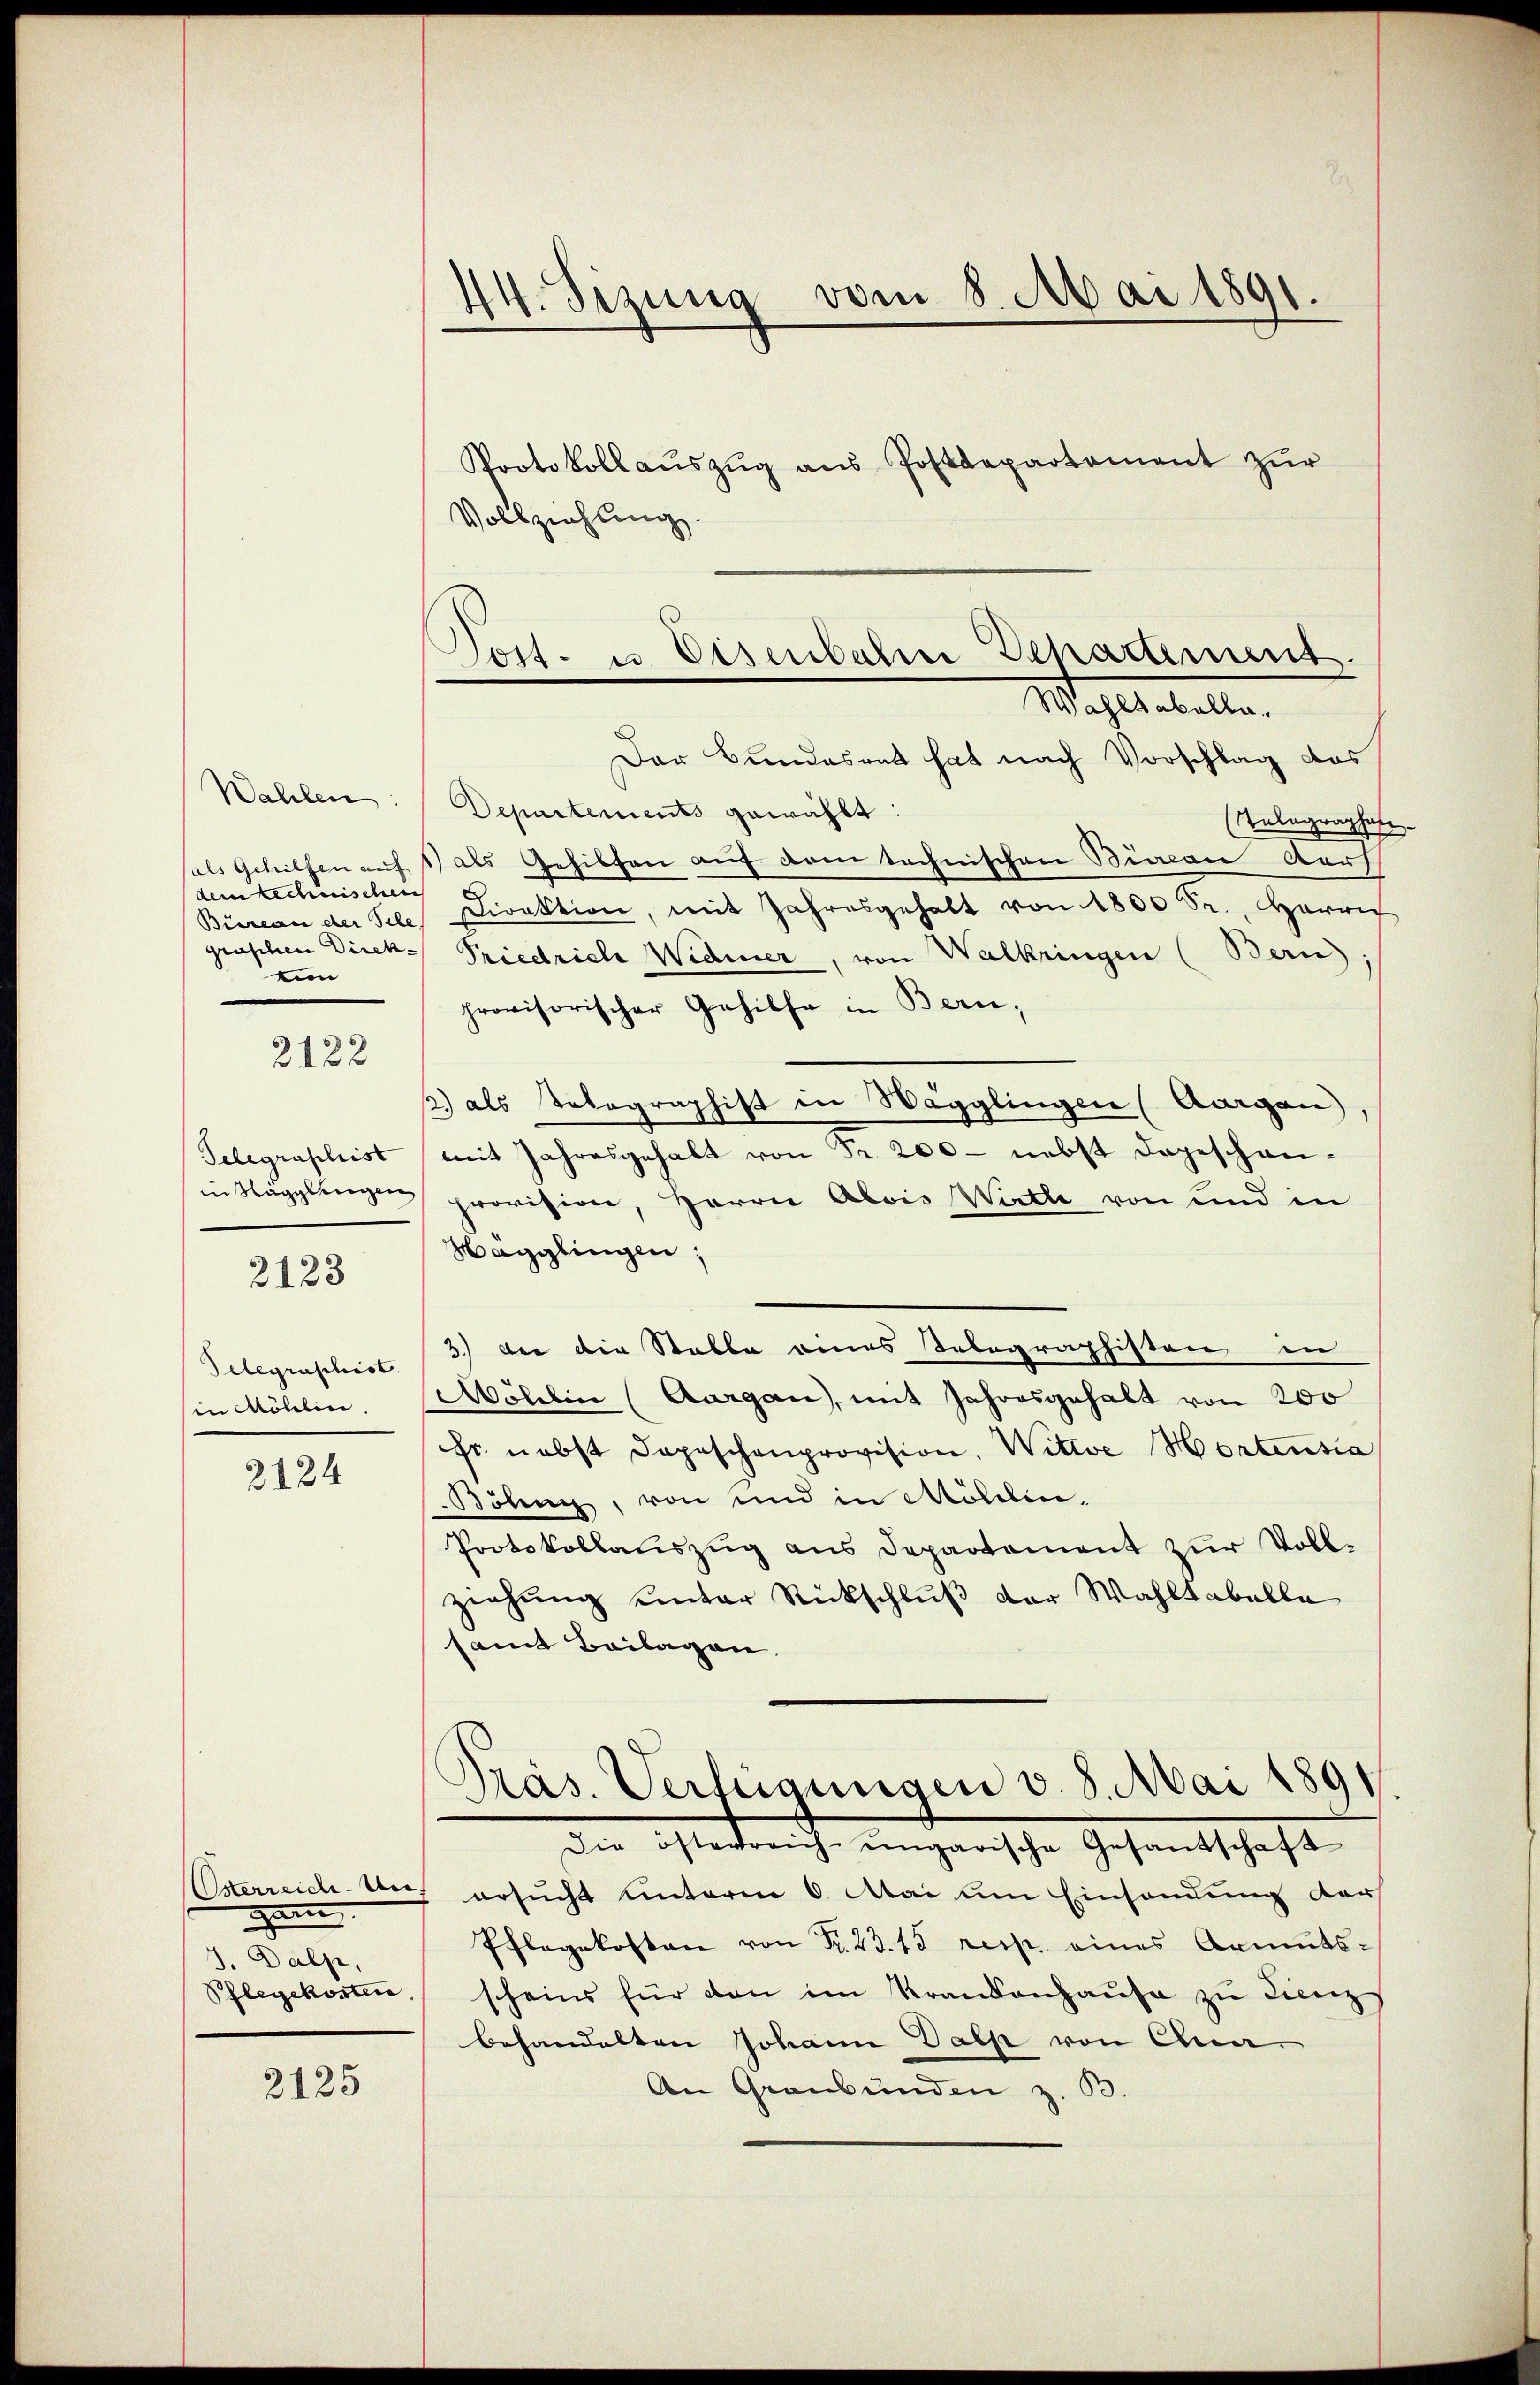
Wahlen
(als Gehilfen auf
dem rechnischen
ein

2122

Telegraphist
Telegraschist.
in Möhlin.
2124

2123

Osterreich-Ungen
7. Dalp,

2125

44. Sezung vom 8. Mai 1891.

Post- u. Eisenbahn Departement.
Wohlseelle

Protokoll aŭszŭg aŭs Postdepartement zŭr
Vollziehung.
Der Bundesrat hat nach Vorschlag das
Departements gewählt:
(Tolographaf
als Gehilfen auf dem technischen Bian Kauf
Büreau der Sele Direktion, mit Jahresgehalt von 1800 Fr., Harri
genen seine Dich Friedrich Widmer, von Walkringen (Bern;
provisorischer Gehilfe in Bern,
12.) als Telegraphist in Wägglingen (Aargau,
mit Jahresgehalt von Fr. 200 - nebst dageschaninägglingen provision, Herrn Alois Wirth von und in
Hägglingen,
3.) der die Stalle eines Telegraphisten in
Mölelin (Aurgau, mit Jahresgehalt von 200
Fr. nebst Depeschenprovision, Wittwe Hortensia
Böhnig, von und in Möbelin,
Protokollauszug aus Departement zur Vollziehung unter Rückschluß der Wahltabelle
samt Beilagen.
Präs. Verfügungen v. 8. Mai 1891
Gladreich ungarische Gesandschaft
ersucht unterm 6. Mai um Einsendung der
Pflegekosten von R. 23. 15 resp. eines Armuts-
Pflegekosten, scheins für den im Krankenhaŭse zu Linz
behandelten Johann Dalp von Chun.
An Graubünden z. B.